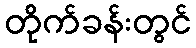
တိုက်ခန်းတွင်